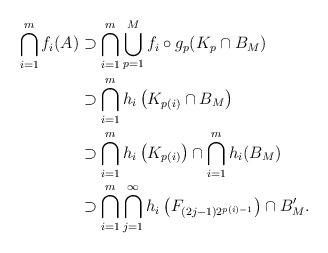
LaTeX: \begin{align*}\bigcap_{i=1}^m f_i(A) &\supset \bigcap_{i=1}^m \bigcup_{p=1}^M f_i \circ g_p(K_p\cap B_M)\\&\supset \bigcap_{i=1}^m h_i\left(K_{p(i)}\cap B_M\right)\\&\supset \bigcap_{i=1}^m h_i\left(K_{p(i)}\right) \cap \bigcap_{i=1}^m h_i(B_M)\\&\supset \bigcap_{i=1}^m \bigcap_{j=1}^\infty h_i\left(F_{(2j-1) 2^{p(i)-1}}\right) \cap B'_M.\end{align*}